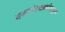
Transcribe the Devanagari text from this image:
वनसंरक्षकांकडून